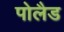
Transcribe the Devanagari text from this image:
पोलैड